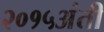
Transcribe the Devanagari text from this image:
२०१५अंती